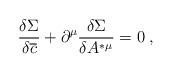
LaTeX: \begin{align*}\frac{\delta \Sigma }{\delta \overline{c}}+\partial ^\mu \frac{\delta \Sigma }{\delta A^{*\mu }}=0\;, \end{align*}